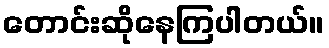
တောင်းဆိုနေကြပါတယ်။